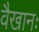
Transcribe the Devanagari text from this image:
वैखानः